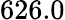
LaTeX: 626.0